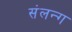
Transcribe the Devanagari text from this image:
संलन्ग